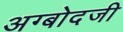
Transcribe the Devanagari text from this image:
अग्बोदजी